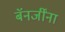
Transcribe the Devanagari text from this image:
बॅनर्जींना